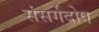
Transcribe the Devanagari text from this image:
संसर्गदोष